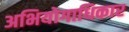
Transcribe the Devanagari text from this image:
अभियोगाधिकार